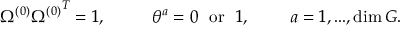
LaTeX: \Omega ^ { ( 0 ) } { \Omega ^ { ( 0 ) } } ^ { T } = 1 , ~ ~ ~ ~ ~ ~ ~ ~ \theta ^ { a } = 0 ~ ~ \mathrm { o r } ~ ~ 1 , ~ ~ ~ ~ ~ ~ ~ a = 1 , . . . , \dim G .